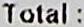
TOTAL :